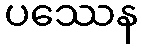
ပဿေန